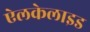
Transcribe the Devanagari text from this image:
ऐलकेलाइड